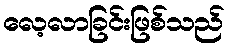
လေ့လာခြင်းဖြစ်သည်